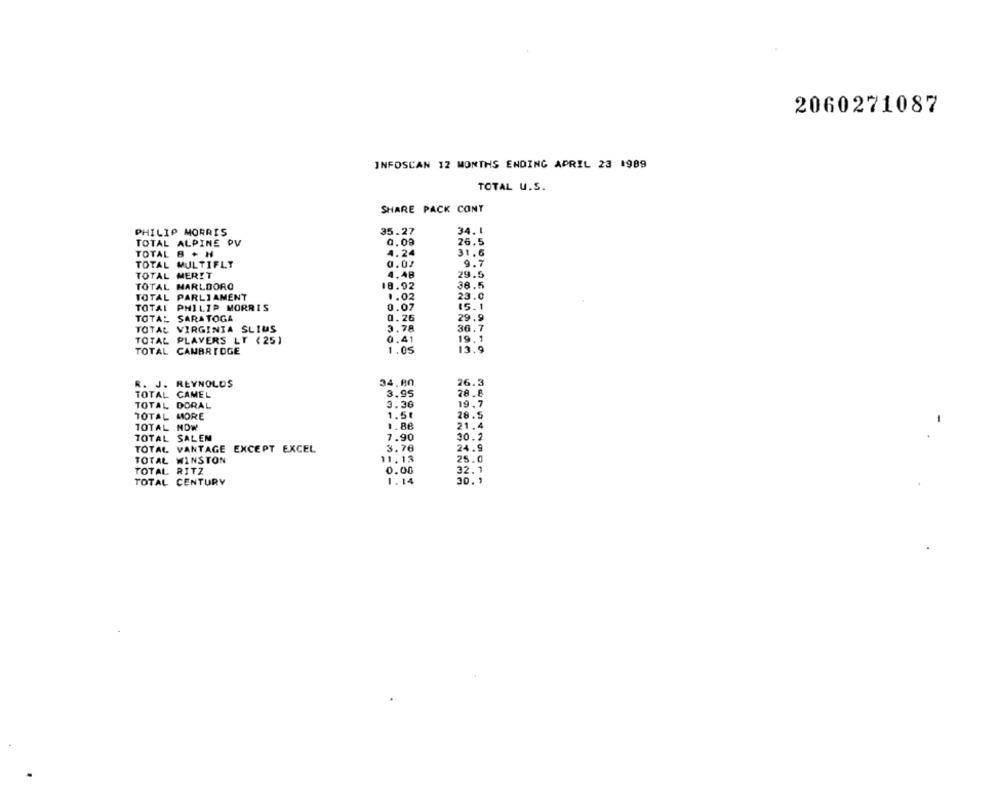
2060271087
INFOSCAN 12 MONTHS ENDING APRIL 23 1989
TOTAL U.S.
SHARE PACK CONT
34.1
PHILIP MORRIS
35.27
TOTAL ALPINE PV
0.09
26.5
TOTAL B . H
4.24
31.6
TOTAL MULTIFLT
0.02
9.7
TOTAL MERIT
4.48
29.5
TOTAL
MARLBORO
18.92
38,5
TOTAL
PARLIAMENT
1.02
23.0
TOTAL
PHILIP MORRIS
0.07
15.1
0.26
TOTAL
SARATOGA
29.9
TOTAL VIRGINIA SLIUS
3.78
36.7
TOTAL PLAYERS LT ( 25)
0.41
19.1
1.05
TOTAL CAMBRIDGE
13.9
26.3
R. J. REYNOLDS
34.80
TOTAL CAMEL
3.95
28.6
TOTAL DORAL
3.36
19.7
TOTAL MORE
1.5
28.5
TOTAL NOW
1.88
21.4
7.90
30.2
TOTAL SALEN
TOTAL VANTAGE EXCEPT EXCEL
3.76
24.9
TOTAL WINSTON
11. 13
25.0
TOTAL RITZ
0.00
32.1
TOTAL CENTURY
1.14
30.1